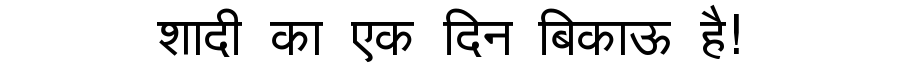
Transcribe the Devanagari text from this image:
शादी का एक दिन बिकाऊ है!